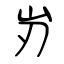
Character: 岃